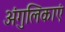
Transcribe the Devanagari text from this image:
अंगुलिकाएं